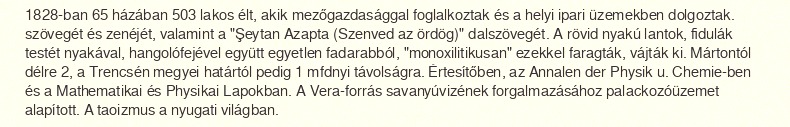
1828-ban 65 házában 503 lakos élt, akik mezőgazdasággal foglalkoztak és a helyi ipari üzemekben dolgoztak. szövegét és zenéjét, valamint a "Şeytan Azapta (Szenved az ördög)" dalszövegét. A rövid nyakú lantok, fidulák testét nyakával, hangolófejével együtt egyetlen fadarabból, "monoxilitikusan" ezekkel faragták, vájták ki. Mártontól délre 2, a Trencsén megyei határtól pedig 1 mfdnyi távolságra. Értesítőben, az Annalen der Physik u. Chemie-ben és a Mathematikai és Physikai Lapokban. A Vera-forrás savanyúvizének forgalmazásához palackozóüzemet alapított. A taoizmus a nyugati világban.